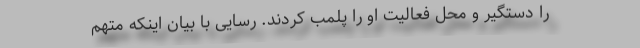
را دستگیر و محل فعالیت او را پلمب کردند. رسایی با بیان اینکه متهم